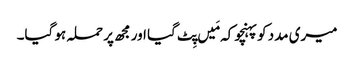
میری مدد کوپہنچو کہ مَیں پِٹ گیا اور مجھ پر حملہ ہو گیا۔